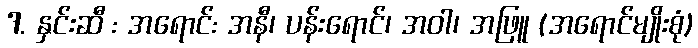
7. နှင်းဆီ : အရောင်: အနီ၊ ပန်းရောင်၊ အဝါ၊ အဖြူ (အရောင်မျိုးစုံ)